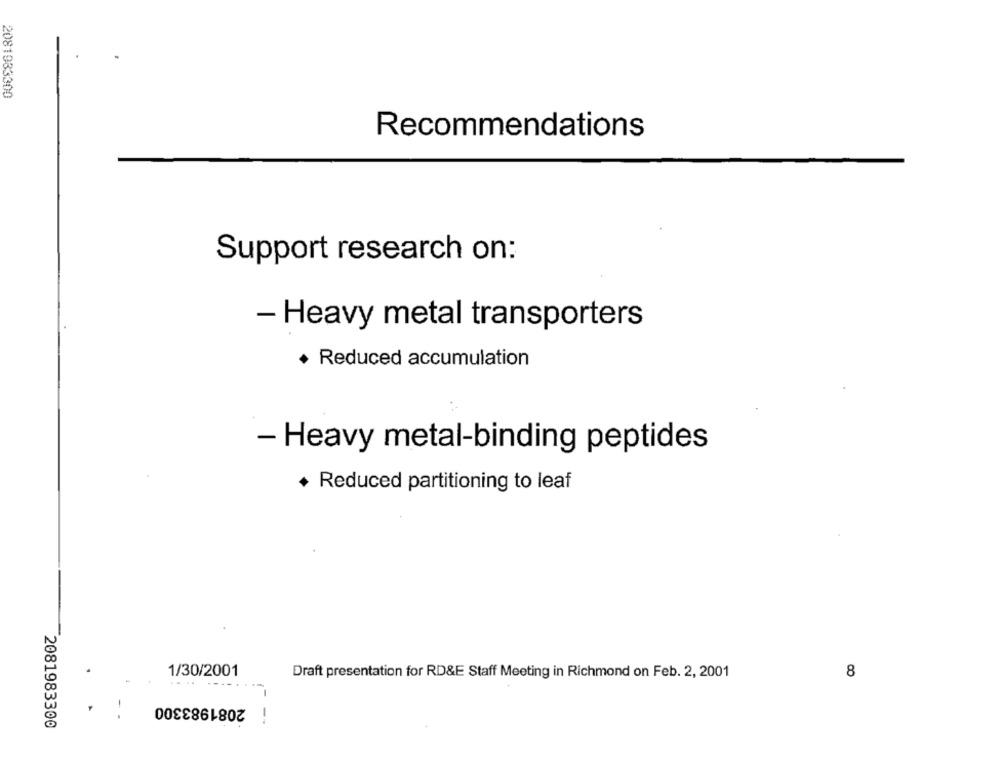
2081933300
Recommendations
Support research on:
- Heavy metal transporters
· Reduced accumulation
- Heavy metal-binding peptides
+ Reduced partitioning to leaf
1/30/2001
Draft presentation for RD&E Staff Meeting in Richmond on Feb. 2, 2001
8
....----.
2081983300
2081983300
--